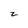
Character: 2